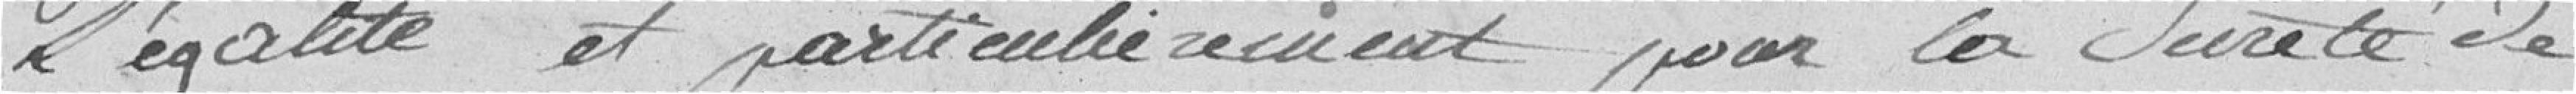
l'égalité et particulièrement pour la sûreté de